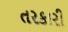
તરકારી